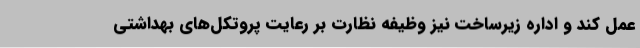
عمل کند و اداره زیرساخت نیز وظیفه نظارت بر رعایت پروتکل‌های بهداشتی